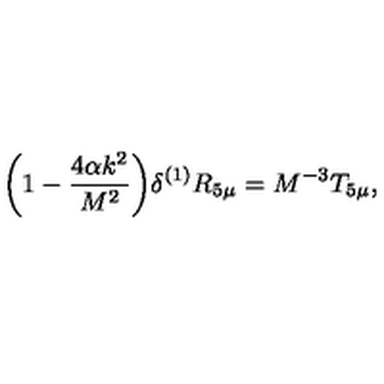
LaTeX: \bigg ( 1 - \frac { 4 \alpha k ^ { 2 } } { M ^ { 2 } } \bigg ) \delta ^ { ( 1 ) } R _ { 5 \mu } = M ^ { - 3 } T _ { 5 \mu } , \,